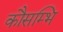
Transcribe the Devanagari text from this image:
कौसम्भि